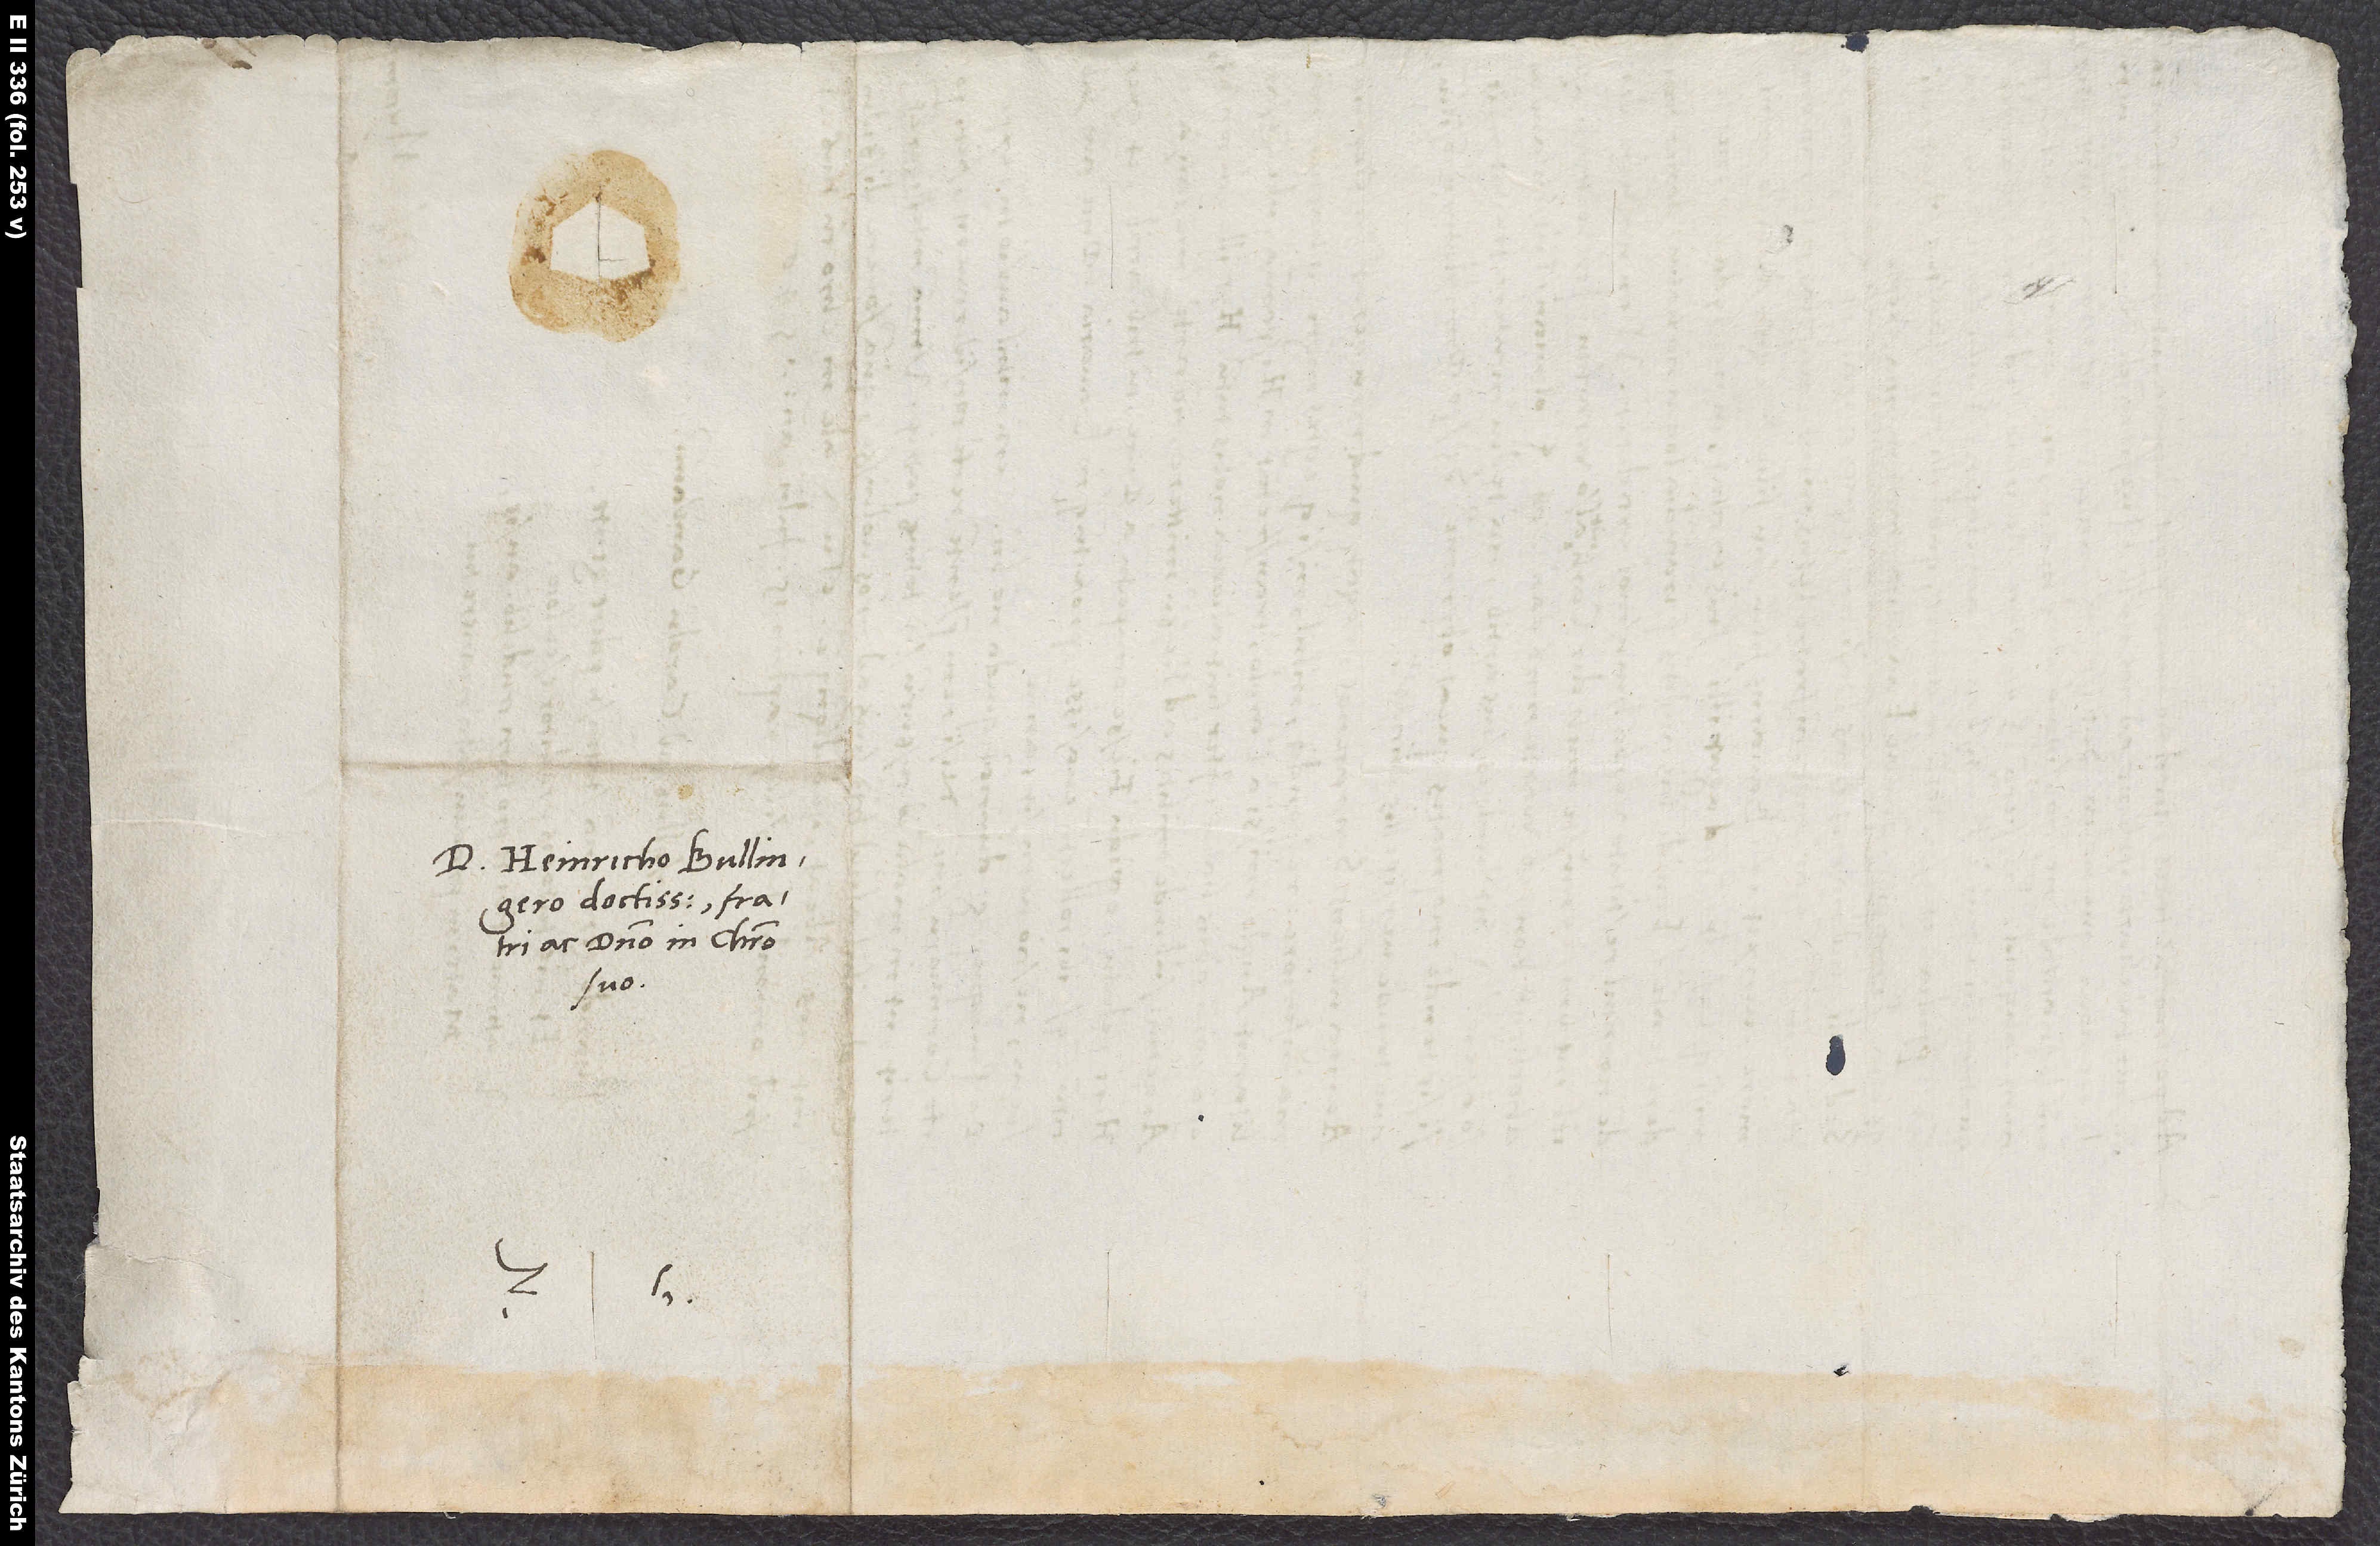
D. Heinricho Bullingero
doctissimo, fratri
ac domino in Christo
suo.
S.